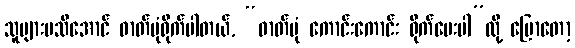
သူများမသိအောင် ဓာတ်ပုံရိုက်ပါတယ်, “ဓာတ်ပုံ ကောင်းကောင်း ရိုက်ပေးပါ”လို့ ပြောတော့